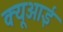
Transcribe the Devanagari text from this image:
क्यूआई